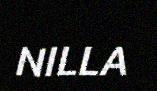
NILLA